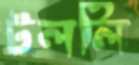
টললি